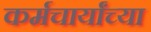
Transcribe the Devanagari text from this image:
कर्मचार्यांच्या